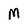
Character: M